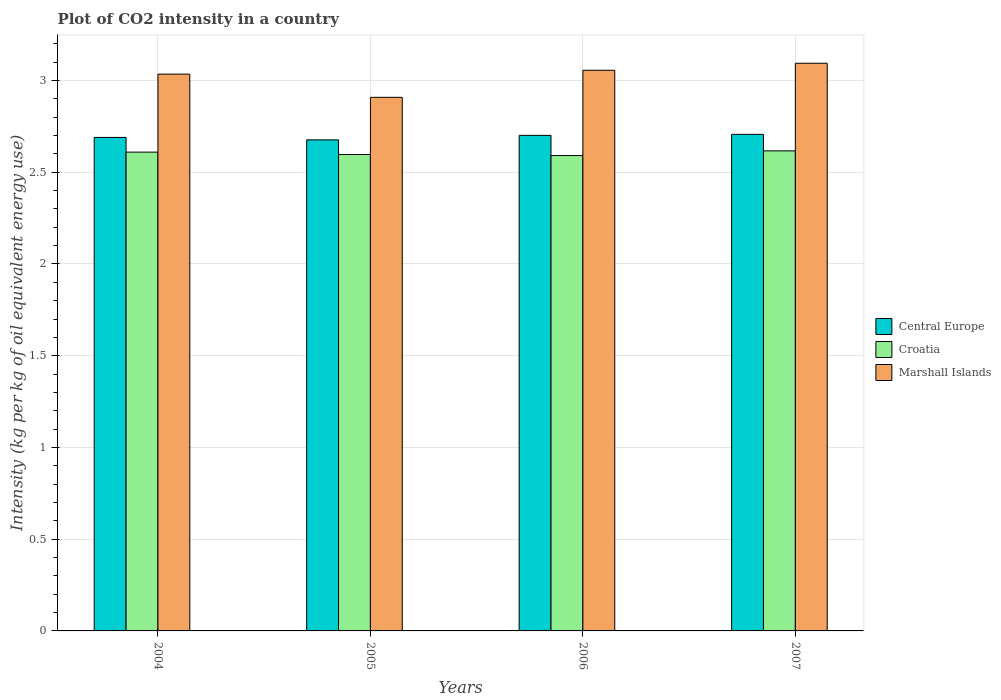
| Years | Central Europe | Croatia | Marshall Islands |
 | --- | --- | --- | --- |
 | 2004 | 2.69 | 2.61 | 3.03 |
 | 2005 | 2.68 | 2.6 | 2.91 |
 | 2006 | 2.7 | 2.59 | 3.06 |
 | 2007 | 2.71 | 2.62 | 3.09 |